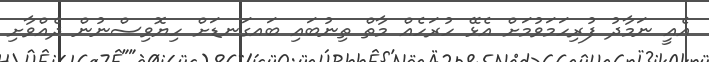
އެއީ ނަމާދު ފުރިހަމަވުމަށް އެޅޭ ހުރަހެއް މާތް ތިނުބައި ބައގަނޑަށް ހިޔޮވިސްނުން ދެއްވާށި